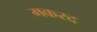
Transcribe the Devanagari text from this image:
मकरद